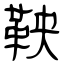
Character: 鞅